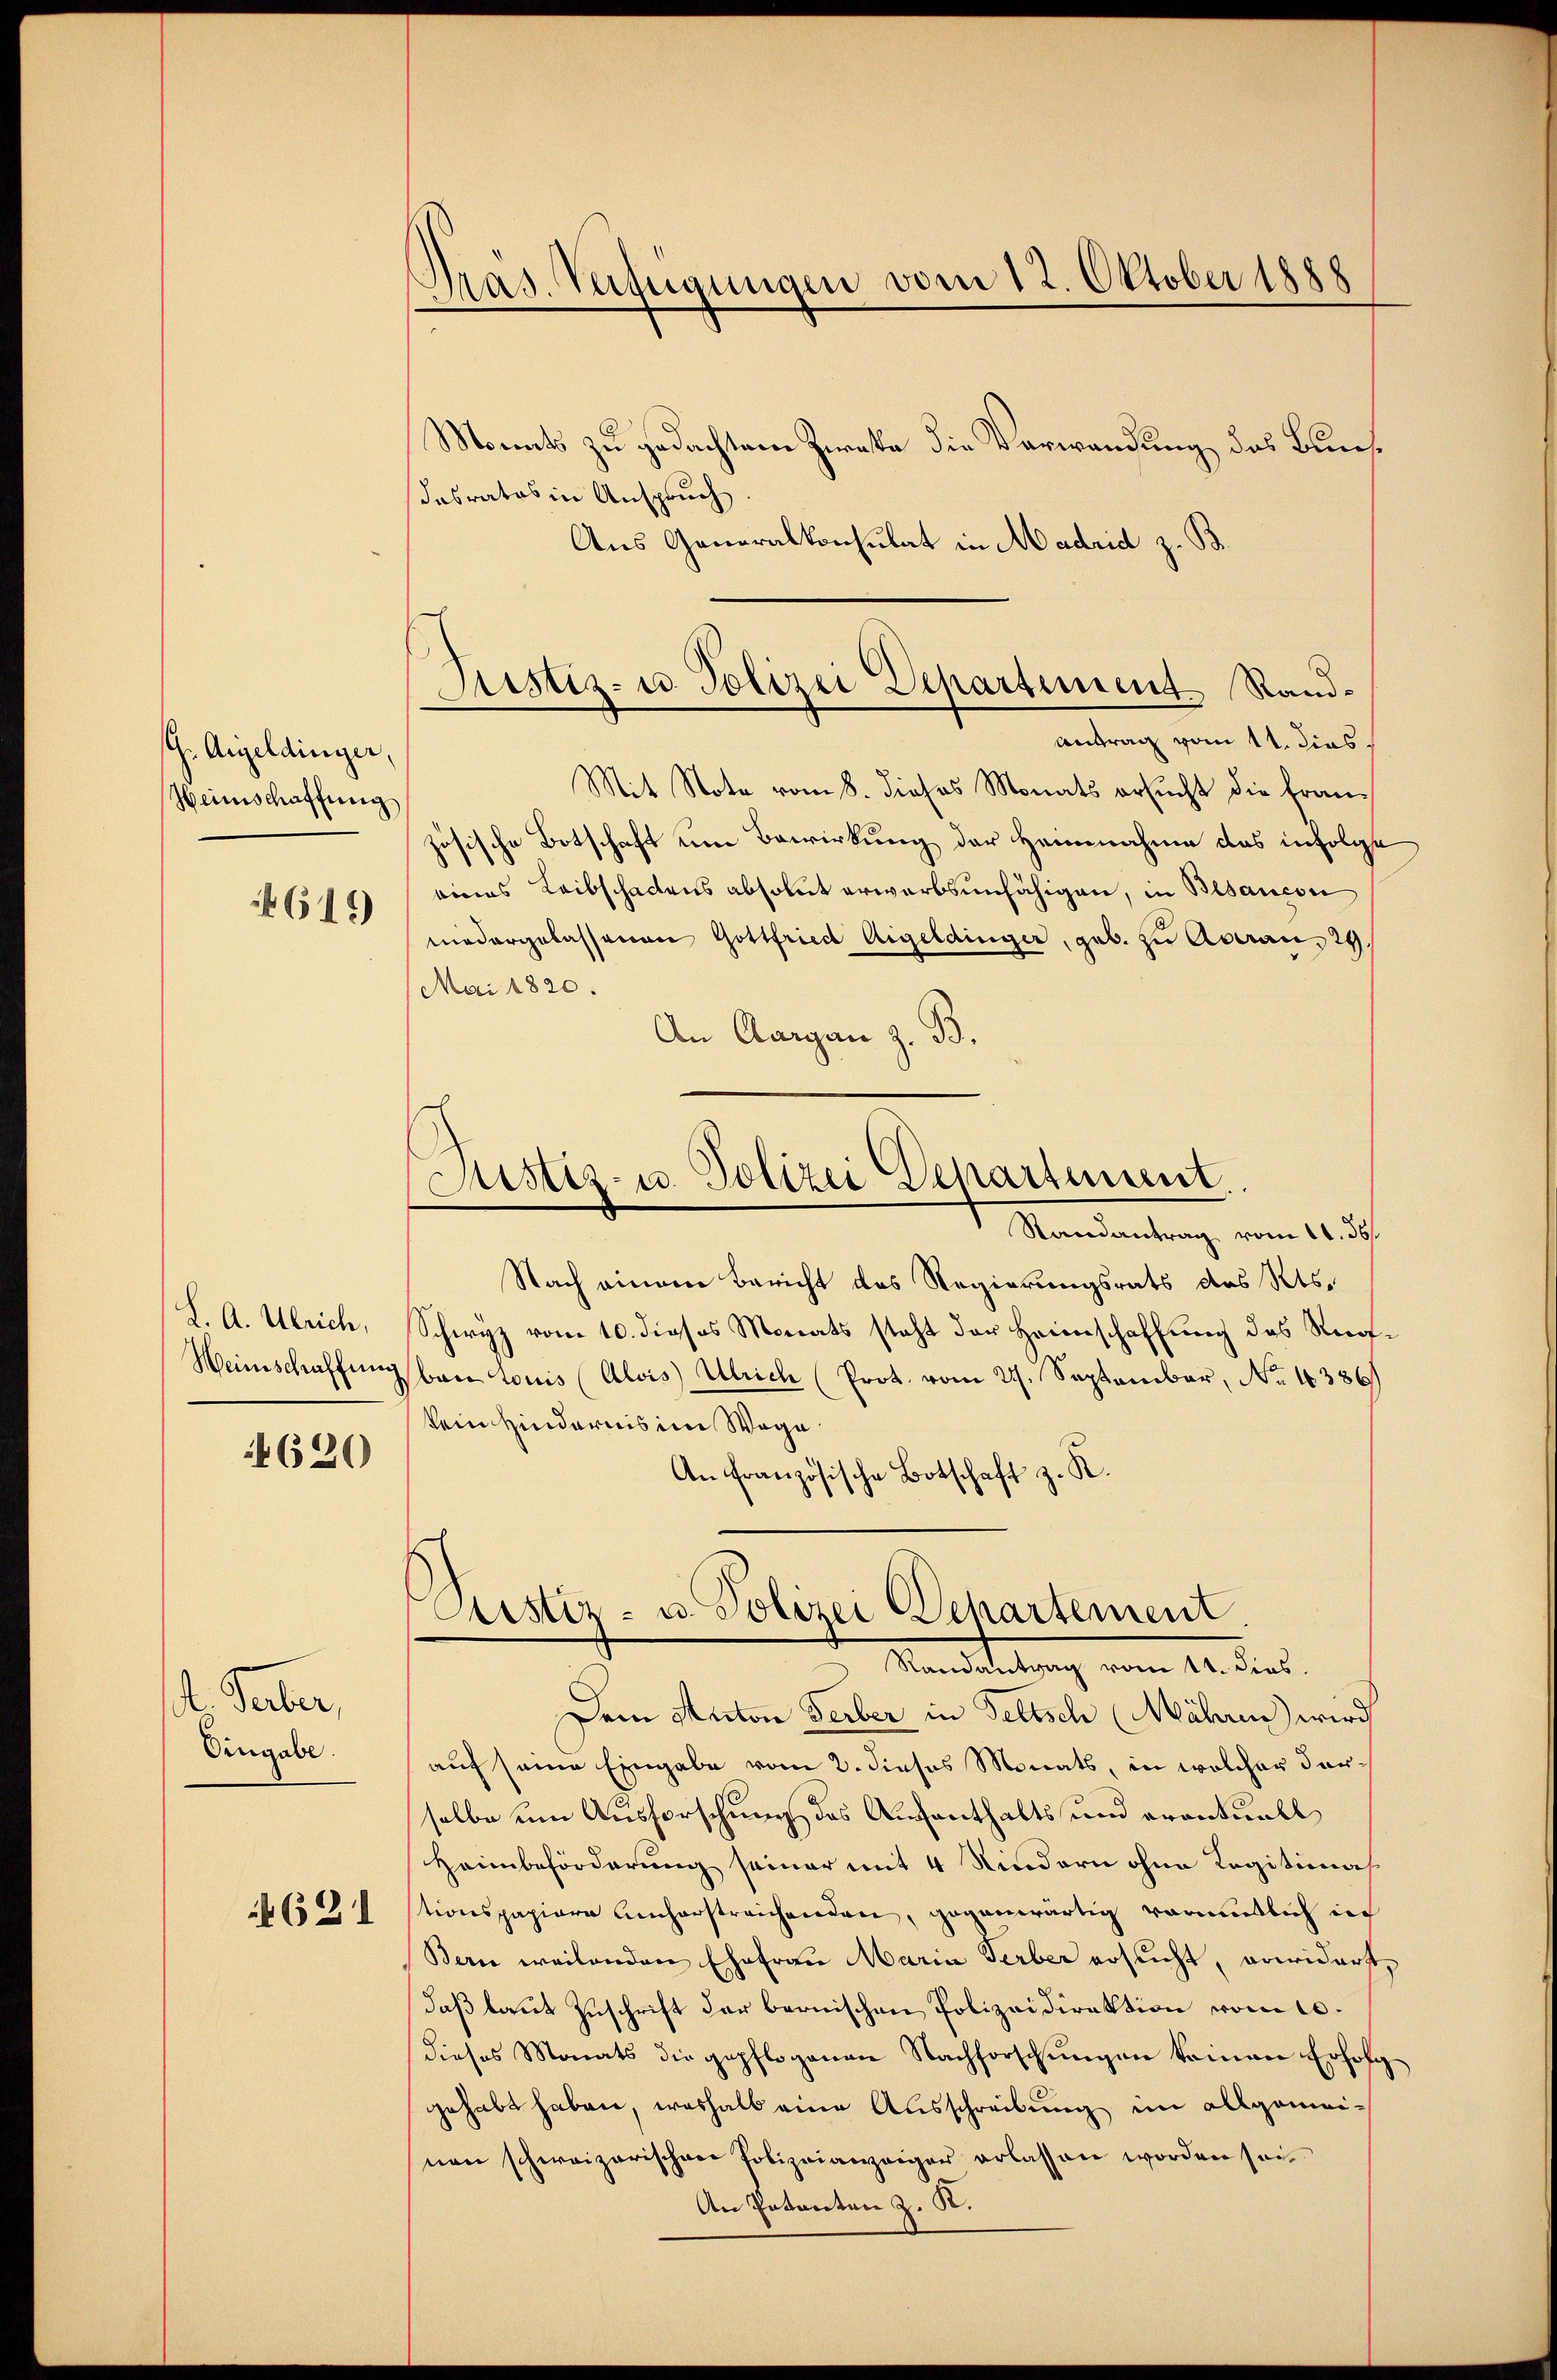
G. Argeldinger,
Heimschaffung

1615)

L. A. Ulrich,
Weinschaffung
4620

d. Faber,
Eingabe.

621

Gras. Verfügungen vom 12. Oktober 1888

Justiz- u. Polizei Departement Rand¬
Antrag vom 11. dies

Monats zu gedachtem Zwecke die Verwandung des Bunsdasrates in Anspruch
Aus Generalkonsulat in Madrid z. B.
Mit Note vom 8. dieses Monats ersucht die französische Botschaft um Bewirkung der Heimnahme das infolge
eines Leibschadens absolut erwerbsunfähigen, in Blancon
niedergelassenen Gottfried Argeldinger, geb. zu Aderaus 29.
Mai 1820.
An Aargau z. B.
Randantrag vom 11. 36
Nach einem Bericht des Regierungsrats des Kts.
Schwyz vom 10. dieses Monats steht der Heimschaffung des Reabare Louis (Alois Ulrich (Prot. vom 27. September, No 1386)
kein Hindernis im Wege
An Französische Botschaft z. R.
Astiz- u. Polizei Departement
Randantrag vom 11. dies
Dem Anton Ferber in Seltsch (Mähren wird
auf seine Eingabe vom 2. dieses Monats, in welcher darselbe um Ausforschung des Aufenthalts und eventuell
Haimbeförderung seiner mit 4 Kindern ohne Legitima
tionspapiere Anherstreichenden, gegenwärtig vormutlich in
Bern weilenden Ehefrau Maria Serber ersucht, erwiderst,
daß laut Zuschrift der bernischen Polizeidirektion vom 10.
dieses Monats die gepflogenen Nachforschungen keinen Erfolggehabt haben, weshalb eine Ausschreibung im allgemeinen schweizerischen Polizeianzaiger erlassen worden sei
An Patenten z. R.

Justiz- u. Polizei Departement.